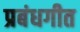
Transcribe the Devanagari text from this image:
प्रबंधगीत